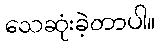
သေဆုံးခဲ့တာပါ။